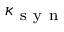
\kappa _ { \mathrm { ~ s ~ y ~ n ~ } }